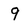
Character: 9